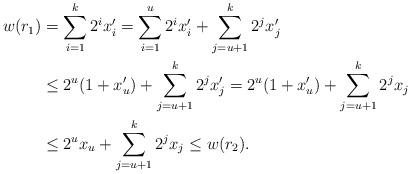
LaTeX: \begin{align*}w(r_1)&=\sum_{i=1}^k2^ix_i^{\prime}=\sum_{i=1}^{u}2^ix_i^{\prime}+\sum_{j=u+1}^{k}2^jx_j^{\prime}\\&\leq 2^u(1+x_u^{\prime})+\sum_{j=u+1}^{k}2^jx_j^{\prime}=2^u(1+x_u^{\prime})+\sum_{j=u+1}^{k}2^jx_j\\&\leq 2^ux_u +\sum_{j=u+1}^{k}2^jx_j\leq w(r_2).\end{align*}